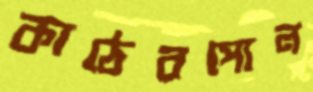
কাঠেরপোল